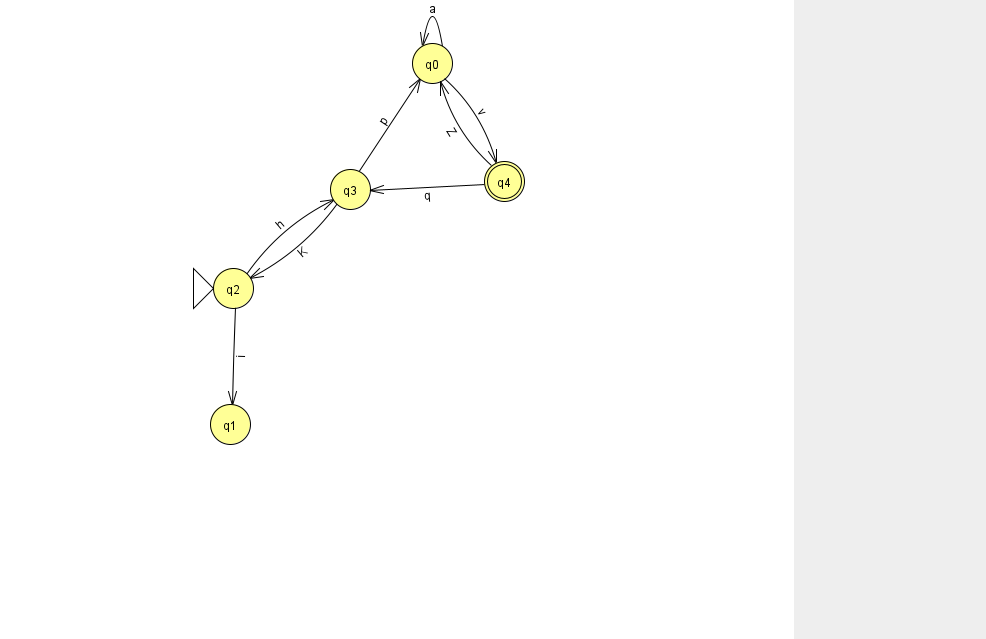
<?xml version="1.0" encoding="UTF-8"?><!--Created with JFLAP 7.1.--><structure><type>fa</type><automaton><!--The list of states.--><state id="0" name="q0"><x>432.0</x><y>50.0</y></state><state id="1" name="q1"><x>230.0</x><y>411.0</y></state><state id="2" name="q2"><x>233.0</x><y>275.0</y><initial/></state><state id="3" name="q3"><x>350.0</x><y>176.0</y></state><state id="4" name="q4"><x>504.0</x><y>168.0</y><final/></state><!--The list of transitions.--><transition><from>0</from><to>0</to><read>a</read></transition><transition><from>0</from><to>4</to><read>v</read></transition><transition><from>3</from><to>0</to><read>p</read></transition><transition><from>2</from><to>1</to><read>i</read></transition><transition><from>4</from><to>3</to><read>q</read></transition><transition><from>2</from><to>3</to><read>h</read></transition><transition><from>3</from><to>2</to><read>K</read></transition><transition><from>4</from><to>0</to><read>Z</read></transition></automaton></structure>